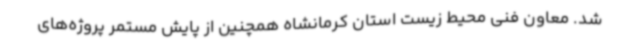
شد. معاون فنی محیط زیست استان کرمانشاه همچنین از پایش مستمر پروژه‌های